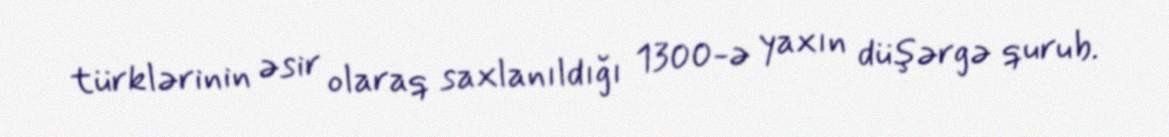
türklərinin əsir olaraq saxlanıldığı 1300-ə yaxın düşərgə qurub.